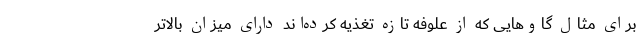
برای مثال گاوهایی که از علوفه تازه تغذیه کرده‌اند دارای میزان بالاتر